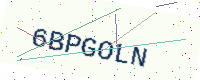
Text: 6BPGOLN